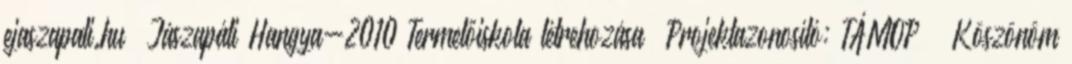
ejaszapati.hu „Jászapáti Hangya-2010 Termelőiskola létrehozása” Projektazonosító: TÁMOP Köszönöm